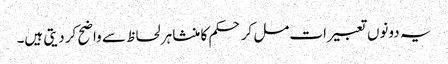
یہ دونوں تعبیرات مل کر حکم کا منشا ہر لحاظ سے واضح کر دیتی ہیں۔